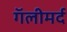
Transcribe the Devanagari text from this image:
गॅलीमर्द